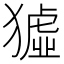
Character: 𤡣